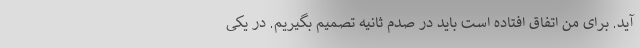
آید. برای من اتفاق افتاده است باید در صدم ثانیه تصمیم بگیریم. در یکی